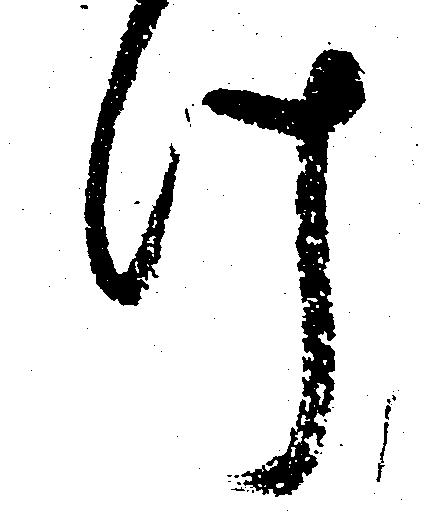
け